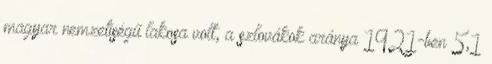
magyar nemzetiségű lakosa volt, a szlovákok aránya 1921-ben 5,1